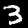
Digit: 3